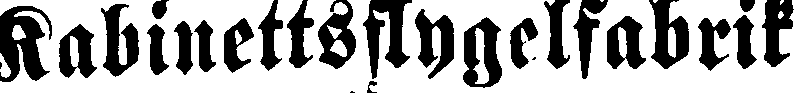
Kabinettsflygelfabrik